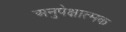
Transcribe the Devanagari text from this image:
अनुपेक्षात्मक